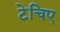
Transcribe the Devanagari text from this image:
टेचिए